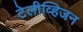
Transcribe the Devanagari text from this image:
टेलीव्हिजन